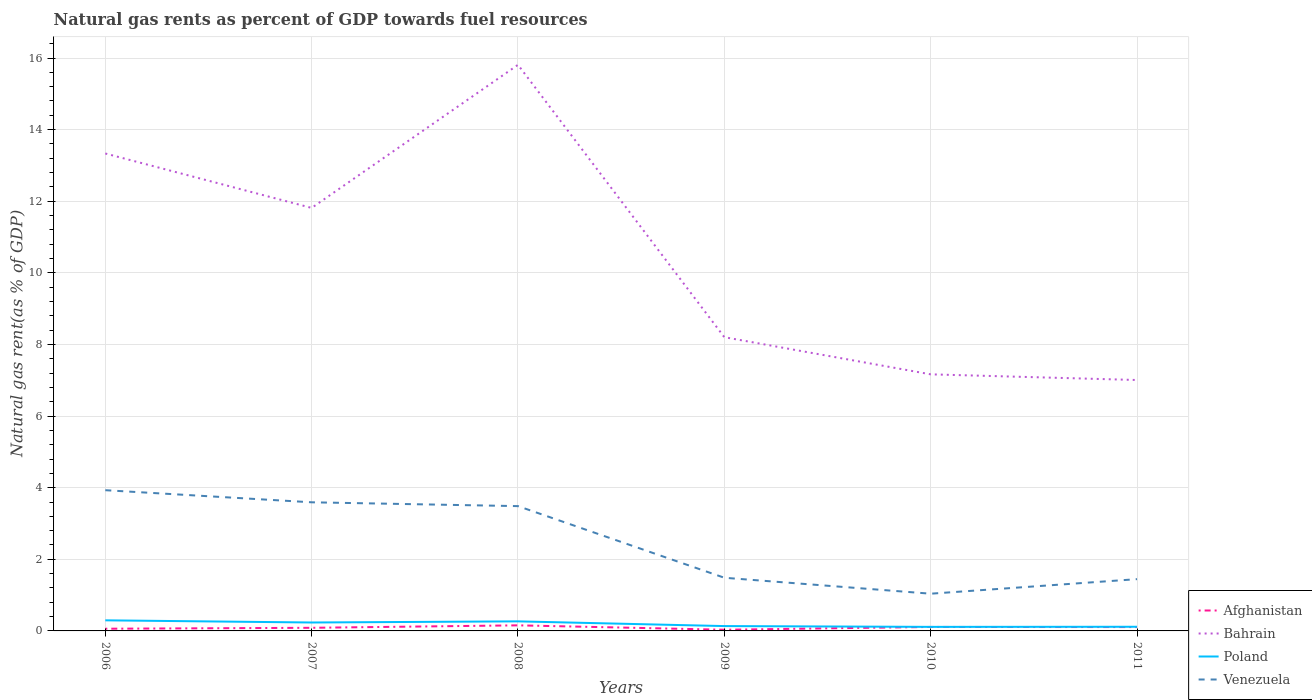
| Years | Afghanistan | Bahrain | Poland | Venezuela |
 | --- | --- | --- | --- | --- |
 | 2006 | 0.0613 | 13.3 | 0.296 | 3.93 |
 | 2007 | 0.0872 | 11.8 | 0.235 | 3.59 |
 | 2008 | 0.156 | 15.8 | 0.267 | 3.49 |
 | 2009 | 0.033 | 8.2 | 0.135 | 1.48 |
 | 2010 | 0.111 | 7.17 | 0.113 | 1.04 |
 | 2011 | 0.108 | 7.01 | 0.116 | 1.45 |